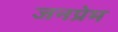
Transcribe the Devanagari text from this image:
जनप्रेम